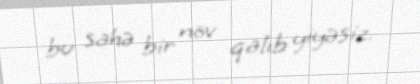
bu sahə bir növ qalıb yiyəsiz.